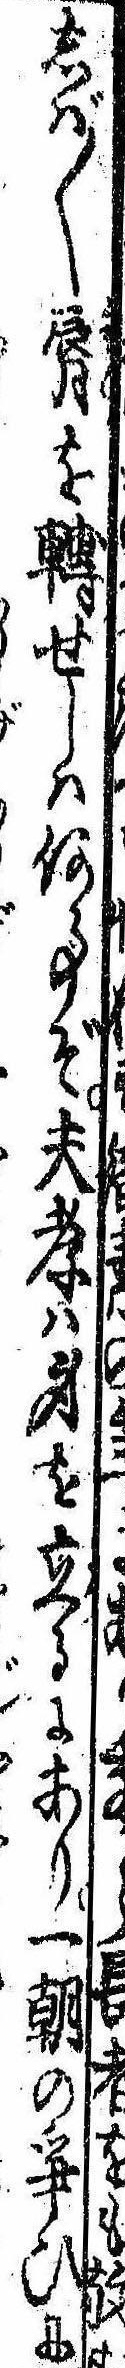
しば〱唇を転せしは何事ぞ夫孝は身を立るにあり一朝の争ひに